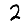
Digit: 2